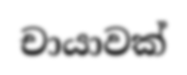
චායාවක්